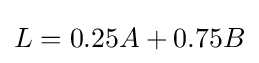
L=0.25A+0.75B